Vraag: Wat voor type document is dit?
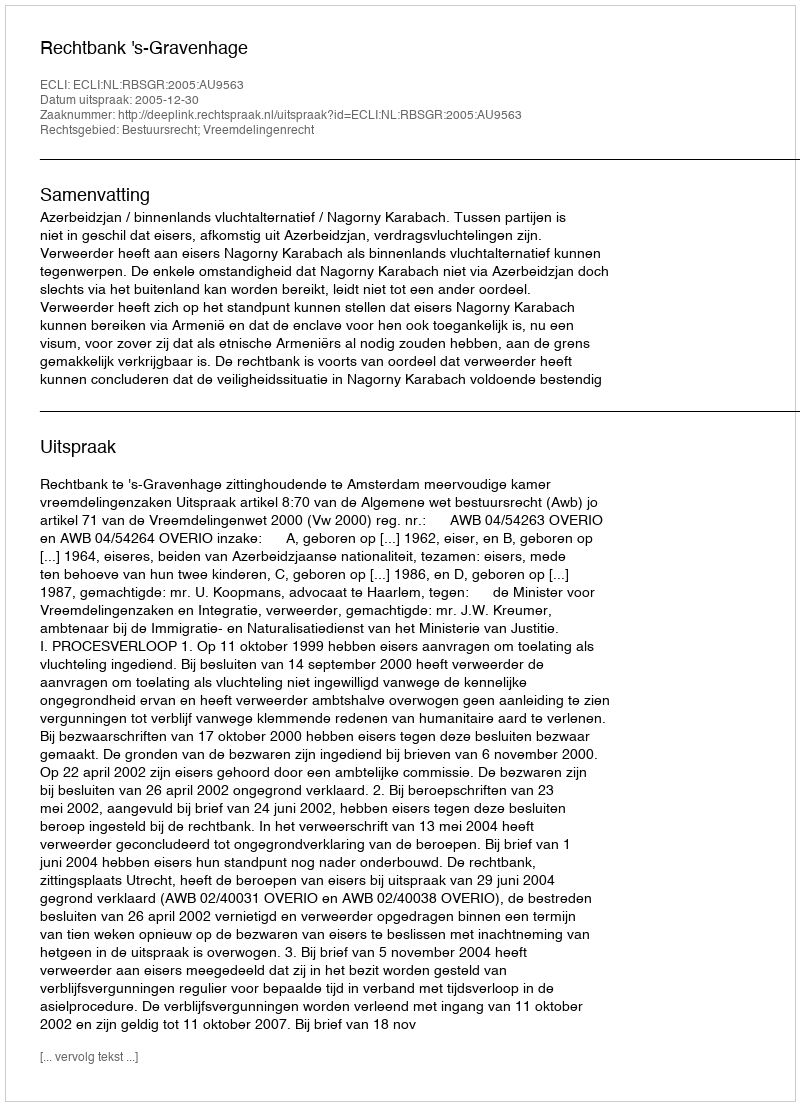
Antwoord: Uitspraak